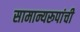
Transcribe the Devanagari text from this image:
सामान्यरूपांची